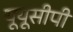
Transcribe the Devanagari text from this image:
यूयूसीपी